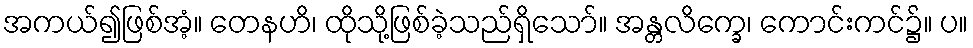
အကယ်၍ဖြစ်အံ့။ တေနဟိ၊ ထိုသို့ဖြစ်ခဲ့သည်ရှိသော်။ အန္တလိက္ခေ၊ ကောင်းကင်၌။ ပ။